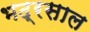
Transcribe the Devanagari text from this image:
भद्रसाल